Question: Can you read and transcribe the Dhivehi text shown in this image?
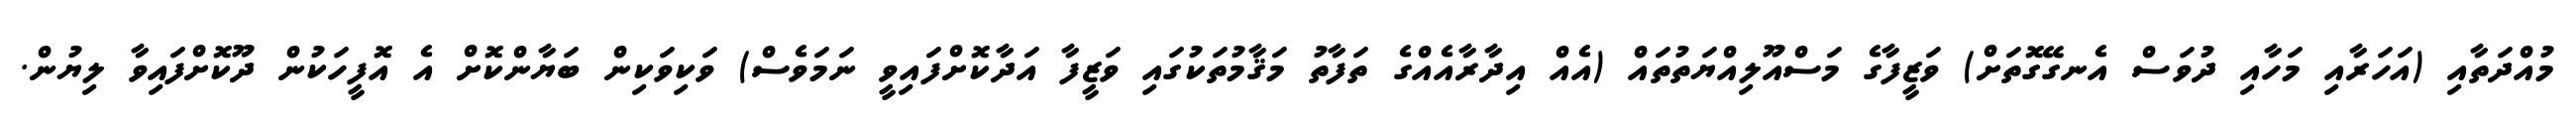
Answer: މުއްދަތާއި (އަހަރާއި މަހާއި ދުވަސް އެނގޭގޮތަށް) ވަޒީފާގެ މަސްއޫލިއްޔަތުތައް (އެއް އިދާރާއެއްގެ ތަފާތު މަޤާމުތަކުގައި ވަޒީފާ އަދާކޮށްފައިވީ ނަމަވެސް) ވަކިވަކިން ބަޔާންކޮށް އެ އޮފީހަކުން ދޫކޮށްފައިވާ ލިޔުން.